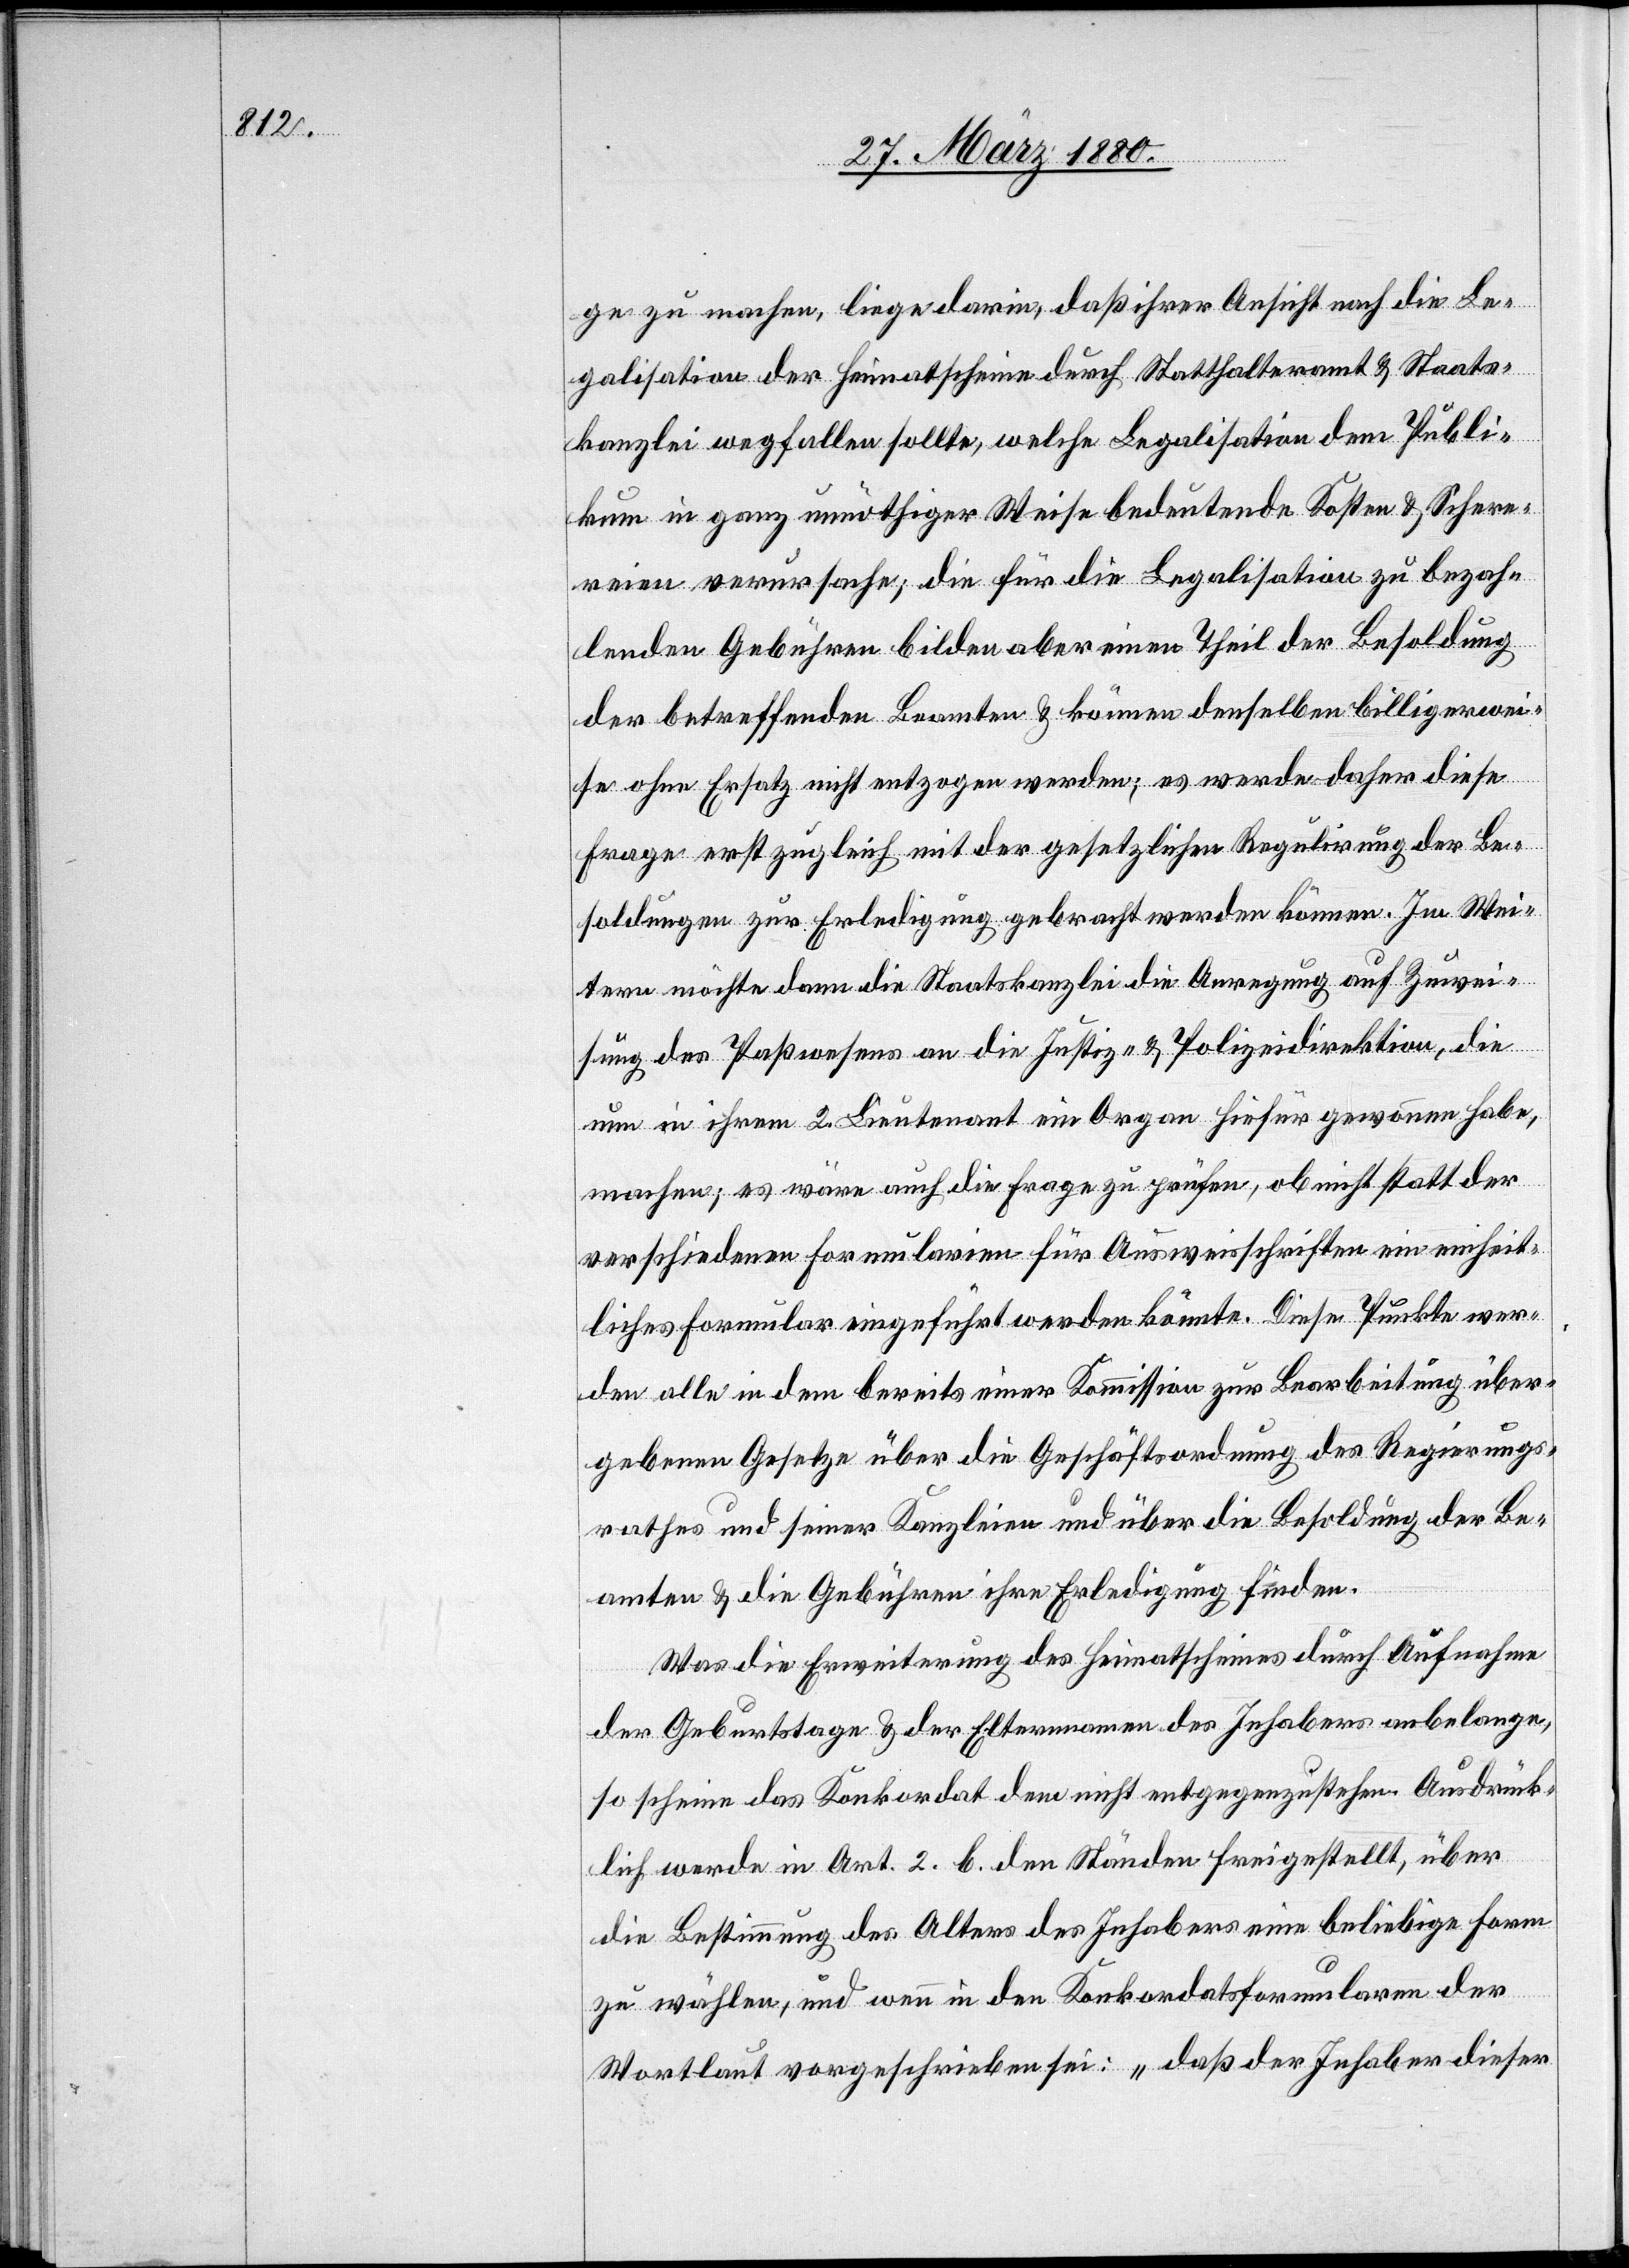
ge zu machen, liege darin, daß ihrer Ansicht nach die Le¬
galisation der Heimatscheine durch Statthalteramt & Staats¬
kanzlei wegfallen sollte, welche Legalisation dem Publi¬
kum in ganz unnöthiger Weise bedeutende Kosten & Schere¬
reien verursache; die für die Legalisation zu bezah¬
lenden Gebühren bilden aber einen Theil der Besoldung
der betreffenden Beamten & können denselben billigerwei¬
se ohne Ersatz nicht entzogen werden; es werde daher diese
Frage erst zugleich mit der gesetzlichen Regulirung der Be¬
soldungen zur Erledigung gebracht werden können. Im Wei¬
tern möchte dann die Staatskanzlei die Anregung auf Zuwei¬
sung des Paßwesens an die Justiz- & Polizeidirektion, die
nun in ihrem 2. Lieutenant ein Organ hiefür gewonnen habe,
machen; es wäre auch die Frage zu prüfen, ob nicht statt der
verschiedenen Formularien für Ausweisschriften ein einheit¬
liches Formular eingeführt werden könnte. Diese Punkte wer¬
den alle in dem bereits einer Kommission zur Bearbeitung über¬
gebenen Gesetze über die Geschäftsordnung des Regierungs¬
rathes und seiner Kanzleien und über die Besoldung der Be¬
amten & die Gebühren ihre Erledigung finden.
Was die Erweiterung des Heimatscheines durch Aufnahme
der Geburtstage & der Elternnamen des Inhabers anbelange,
so scheine das Konkordat dem nicht entgegen zu stehen. Ausdrück¬
lich werde in Art. 2 b. den Ständen freigestellt, über
die Bestimmung des Alters des Inhabers eine beliebige Form
zu wählen, und wenn in den Konkordatsformularen der
Wortlaut vorgeschrieben sei: „daß der Inhaber dieser